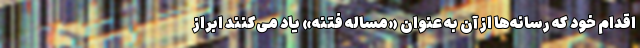
اقدام خود که رسانه‌ها از آن به عنوان «مساله فتنه» یاد می‌کنند ابراز